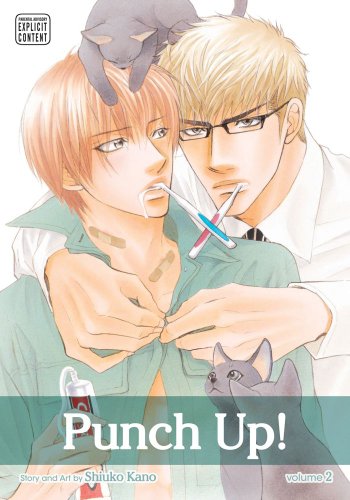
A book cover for Punch Up!, Vol. 2 (Yaoi Manga); Shiuko Kano; Comics & Graphic Novels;